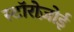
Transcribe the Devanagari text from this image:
स्टॉरोज़ोई